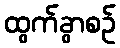
ထွက်ခွာစဉ်